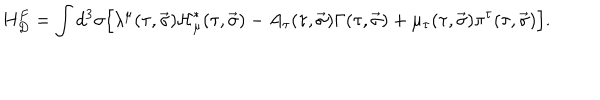
H _ { D } ^ { F } = \int { d ^ { 3 } \sigma \Big [ \lambda ^ { \mu } ( \tau , \vec { \sigma } ) { \cal H } _ { \mu } ^ { \ast } ( \tau , \vec { \sigma } ) - A _ { \tau } ( \tau , \vec { \sigma } ) \Gamma ( \tau , \vec { \sigma } ) + \mu _ { \tau } ( \tau , \vec { \sigma } ) \pi ^ { \tau } ( \tau , \vec { \sigma } ) \Big ] } .